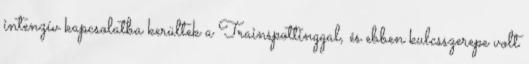
intenzív kapcsolatba kerültek a Trainspottinggal, és ebben kulcsszerepe volt